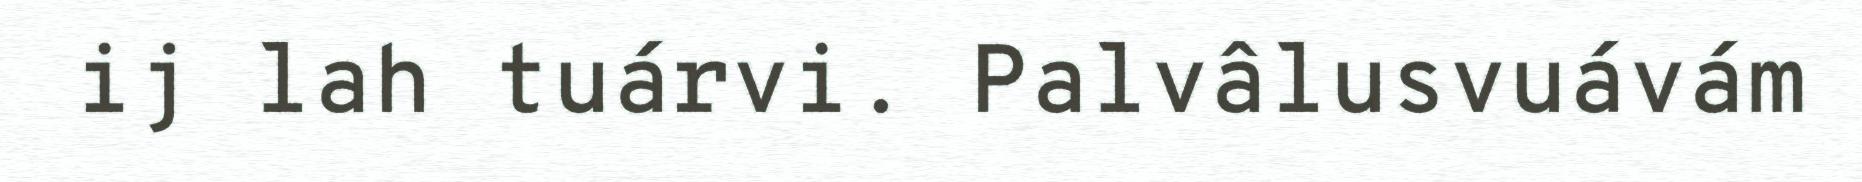
ij lah tuárvi. Palvâlusvuávám